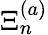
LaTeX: \Xi_{n}^{(a)}